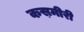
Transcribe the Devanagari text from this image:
कस़मीरी